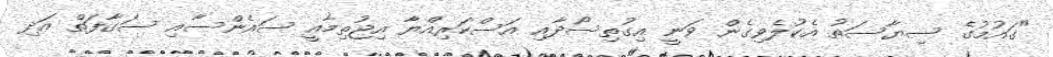
"ގައުމުގެ ސިޔާސަތު އެކުލެވިގެން ވަނީ އިގުތިސޯދާއި އަސްކަރިއްޔާ އިޖުތިމާއީ ސައެންސާއި ސަގާފަތް އަދި